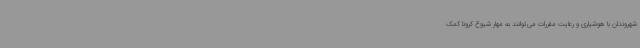
شهروندان با هوشیاری و رعایت مقررات می‌توانند به مهار شیوع کرونا کمک